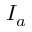
I _ { a }